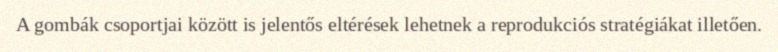
A gombák csoportjai között is jelentős eltérések lehetnek a reprodukciós stratégiákat illetően.